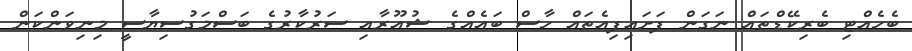
ބެހެއްޓި ބެރިކޭޑްތައް ނަގަން ފަށައިފިއެތައް ހާސް ބައެއްގެ ޝުއޫރާއި ސަރުކާރުގެ ބަސްމަގުސިޔާސީ މިނިވަންކަން